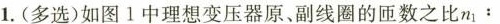
1.(多选)如图1中理想变压器原、副线圈的匝数之比n_{1}﹔